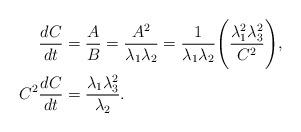
LaTeX: \begin{align*}\frac{dC}{dt}&=\frac{A}{B}=\frac{A^2}{\lambda_1\lambda_2}=\frac{1}{\lambda_1\lambda_2}\Bigg(\frac{\lambda_1^2\lambda_3^2}{C^2}\Bigg),\\C^2\frac{dC}{dt}&=\frac{\lambda_1\lambda_3^2}{\lambda_2}.\end{align*}